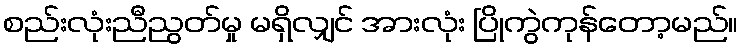
စည်းလုံးညီညွတ်မှု မရှိလျှင် အားလုံး ပြိုကွဲကုန်တော့မည်။